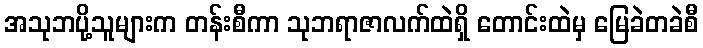
အသုဘပို့သူများက တန်းစီကာ သုဘရာဇာလက်ထဲရှိ တောင်းထဲမှ မြေခဲတခဲစီ